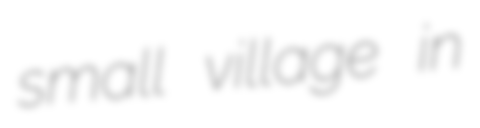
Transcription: small village in